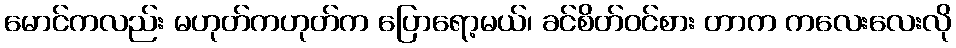
မောင်ကလည်း မဟုတ်ကဟုတ်က ပြောရော့မယ်၊ ခင်စိတ်ဝင်စား တာက ကလေးလေးလို